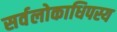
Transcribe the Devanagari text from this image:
सर्वलोकाधिपस्य